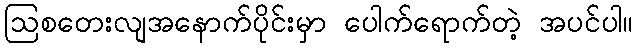
ဩစတေးလျအနောက်ပိုင်းမှာ ပေါက်ရောက်တဲ့ အပင်ပါ။